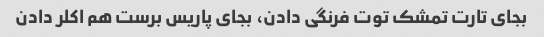
بجای تارت تمشک توت فرنگی دادن، بجای پاریس برست هم اکلر دادن